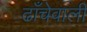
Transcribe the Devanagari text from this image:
ढाँचेवाली